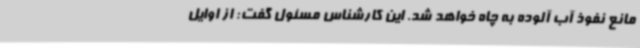
مانع نفوذ آب آلوده به چاه خواهد شد. این کارشناس مسئول گفت: از اوایل